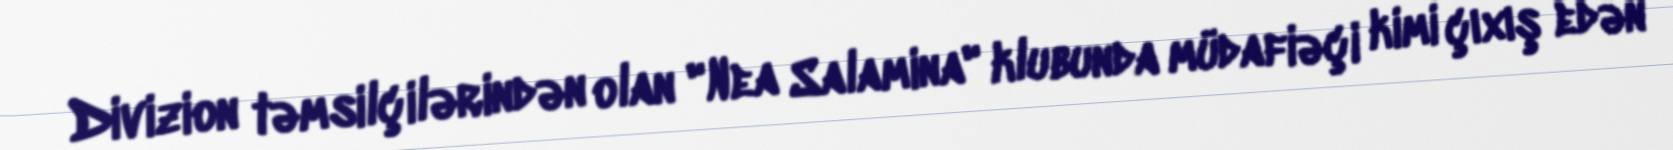
Divizion təmsilçilərindən olan "Nea Salamina" klubunda müdafiəçi kimi çıxış edən